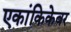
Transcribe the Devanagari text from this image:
एकांकिकेवर